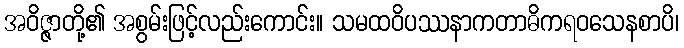
အဝိဇ္ဇာတို့၏ အစွမ်းဖြင့်လည်းကောင်း။ သမထဝိပဿနာကတာဓိကရဝသေနစာပိ၊